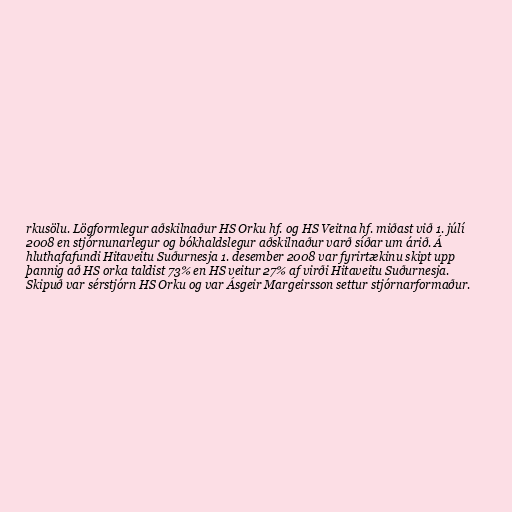
rkusölu. Lögformlegur aðskilnaður HS Orku hf. og HS Veitna hf. miðast við 1. júlí
2008 en stjórnunarlegur og bókhaldslegur aðskilnaður varð síðar um árið. Á
hluthafafundi Hitaveitu Suðurnesja 1. desember 2008 var fyrirtækinu skipt upp
þannig að HS orka taldist 73% en HS veitur 27% af virði Hitaveitu Suðurnesja.
Skipuð var sérstjórn HS Orku og var Ásgeir Margeirsson settur stjórnarformaður.